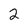
Character: 2